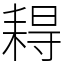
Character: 䎪